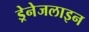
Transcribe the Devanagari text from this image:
ड्रेनेजलाइन